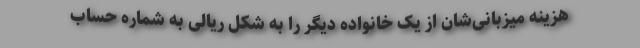
هزینه میزبانی‌شان از یک خانواده دیگر را به شکل ریالی به شماره حساب